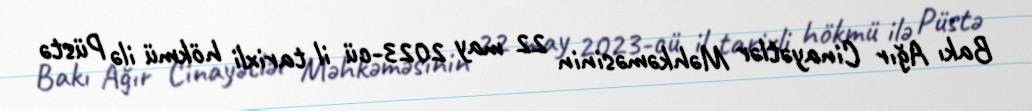
Bakı Ağır Cinayətlər Məhkəməsinin 22 may 2023-cü il tarixli hökmü ilə Püstə